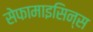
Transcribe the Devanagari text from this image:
सेफामाइसिन्स